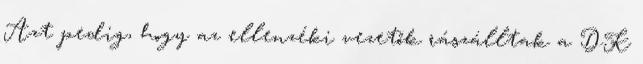
Azt pedig, hogy az ellenzéki vezetők rászálltak a DK